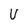
Character: V